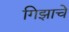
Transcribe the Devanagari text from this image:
गिझाचे